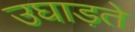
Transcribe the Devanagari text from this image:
उघाड़ते